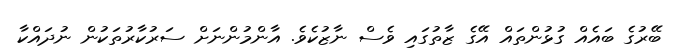
ބޭރުގެ ބައެއް ގުޅުންތައް އޭގެ ޒާތުގައި ވެސް ނާޒުކެވެ. އާންމުންނަށް ސަރުކާރުތަކުން ނުދައްކާ